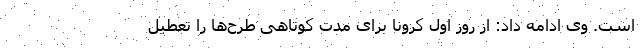
است. وی ادامه داد:‌ از روز اول کرونا برای مدت کوتاهی طرح‌ها را تعطیل